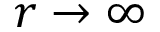
r \rightarrow \infty